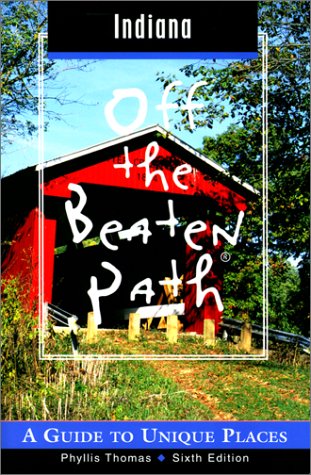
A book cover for Indiana Off the Beaten Path: A Guide to Unique Places (Off the Beaten Path Series); Phyllis Thomas; Travel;